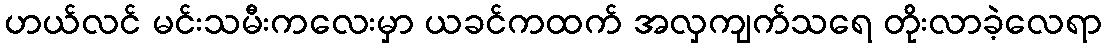
ဟယ်လင် မင်းသမီးကလေးမှာ ယခင်ကထက် အလှကျက်သရေ တိုးလာခဲ့လေရာ